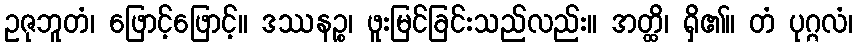
ဥဇုဘူတံ၊ ဖြောင့်ဖြောင့်။ ဒဿနဉ္စ၊ ဖူးမြင်ခြင်းသည်လည်း။ အတ္ထိ၊ ရှိ၏။ တံ ပုဂ္ဂလံ၊